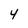
Character: 4